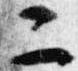
二